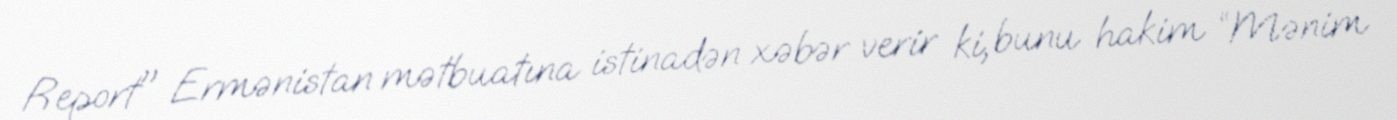
Report" Ermənistan mətbuatına istinadən xəbər verir ki, bunu hakim “Mənim